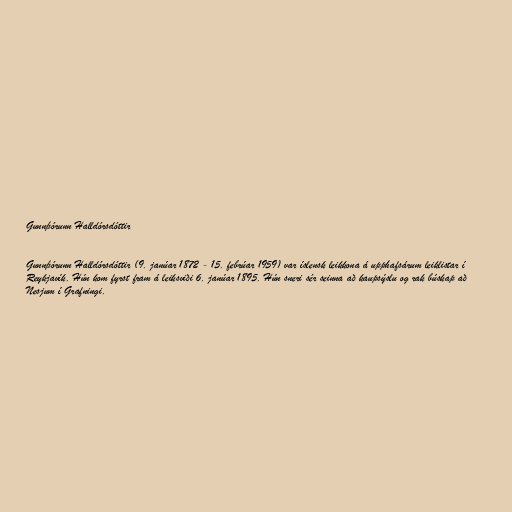
Gunnþórunn Halldórsdóttir

Gunnþórunn Halldórsdóttir (9. janúar 1872 - 15. febrúar 1959) var íslensk leikkona á upphafsárum leiklistar í
Reykjavík. Hún kom fyrst fram á leiksviði 6. janúar 1895. Hún sneri sér seinna að kaupsýslu og rak búskap að
Nesjum í Grafningi.